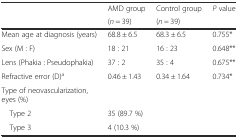
<table><thead><tr><td rowspan="2"></td><td><b>AMD group</b></td><td><b>Control group</b></td><td rowspan="2"><b><i>P</i> value</b></td></tr><tr><td><b>(<i>n</i> = 39)</b></td><td><b>(<i>n</i> = 39)</b></td></tr></thead><tbody><tr><td>Mean age at diagnosis (years)</td><td>68.8 ± 6.5</td><td>68.3 ± 6.5</td><td>0.755*</td></tr><tr><td>Sex (M : F)</td><td>18 : 21</td><td>16 : 23</td><td>0.648**</td></tr><tr><td>Lens (Phakia : Pseudophakia)</td><td>37 : 2</td><td>35 : 4</td><td>0.675**</td></tr><tr><td>Refractive error (D)<sup>a</sup></td><td>0.46 ± 1.43</td><td>0.34 ± 1.64</td><td>0.734*</td></tr><tr><td colspan="4">Type of neovascularization, eyes (%)</td></tr><tr><td> Type 2</td><td>35 (89.7 %)</td><td></td><td></td></tr><tr><td> Type 3</td><td>4 (10.3 %)</td><td></td><td></td></tr></tbody></table>